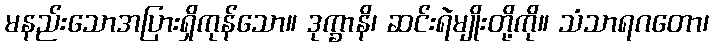
မနည်းသောအပြားရှိကုန်သော။ ဒုက္ခာနိ၊ ဆင်းရဲမျိုးတို့ကို။ သံသာရဂတော၊